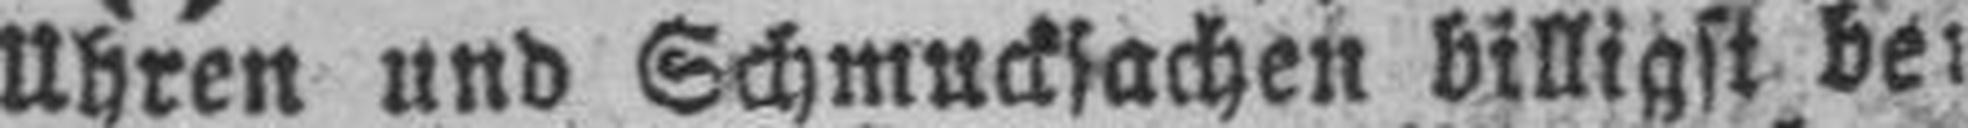
Uhren und Schmucksachen billigst bei